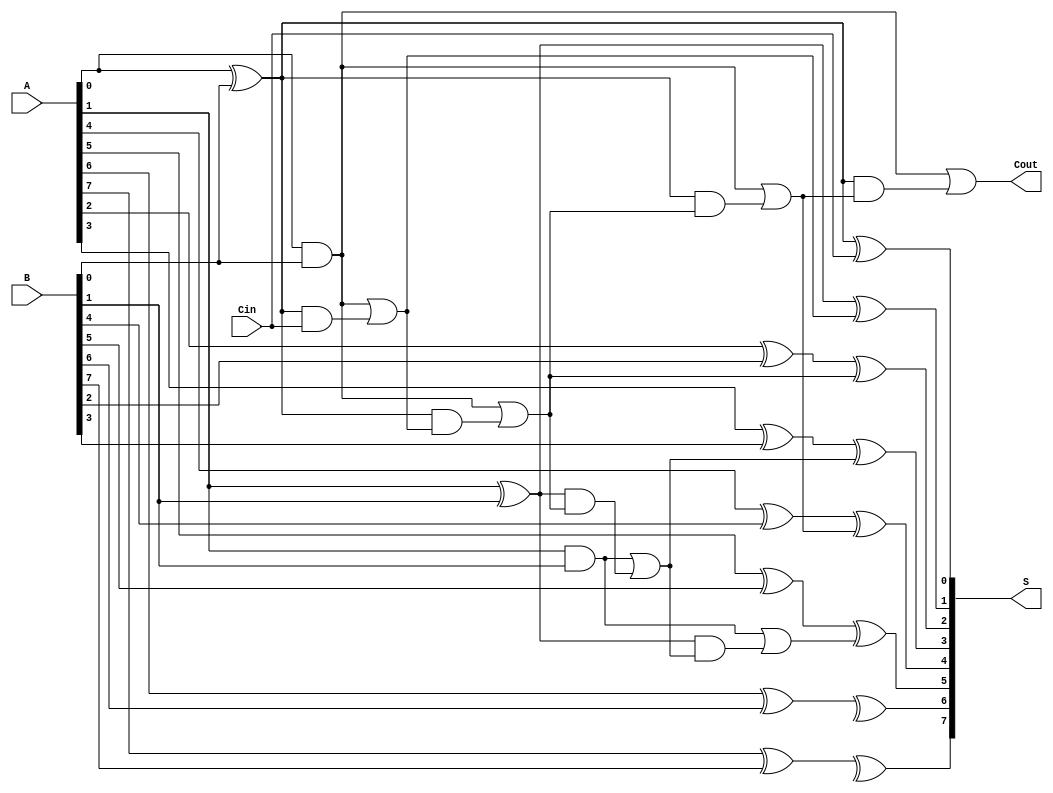
module KoggeStoneAdder #(parameter N = 8) (
    input [N-1:0] A,
    input [N-1:0] B,
    input Cin,
    output [N-1:0] S,
    output Cout
);

    // Generate and propagate signals
    wire [N-1:0] G; // Generate
    wire [N-1:0] P; // Propagate
    wire [N:0] C;   // Carry signals

    genvar i;
    generate
        for (i = 0; i < N; i = i + 1) begin : gen_and_prop
            assign G[i] = A[i] & B[i]; // Generate = A AND B
            assign P[i] = A[i] ^ B[i]; // Propagate = A XOR B
        end
    endgenerate

    // Carry generation (Kogge-Stone logic)
    assign C[0] = Cin; // Initial carry input

    generate
        genvar j, k;
        for (j = 0; j < N; j = j + 1) begin : carry_gen_stage
            for (k = 0; k < (1 << j); k = k + 1) begin : carry_gen
                if (k < N / (1 << j)) begin
                    if (j == 0) begin
                        assign C[(1 << j) + k] = G[k] | (P[k] & C[k]);
                    end else begin
                        assign C[(1 << j) + k] = G[k] | (P[k] & C[(1 << (j-1)) + k]);
                    end
                end
            end
        end
    endgenerate

    // Sum computation
    generate
        for (i = 0; i < N; i = i + 1) begin : sum_gen
            assign S[i] = P[i] ^ C[i];
        end
    endgenerate

    // Final carry-out
    assign Cout = C[N];

endmodule